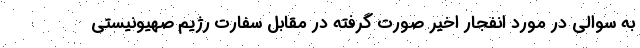
به سوالی در مورد انفجار اخیر صورت گرفته در مقابل سفارت رژیم صهیونیستی